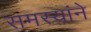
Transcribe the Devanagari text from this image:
समस्यांने